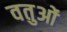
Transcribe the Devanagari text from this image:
वतुओं